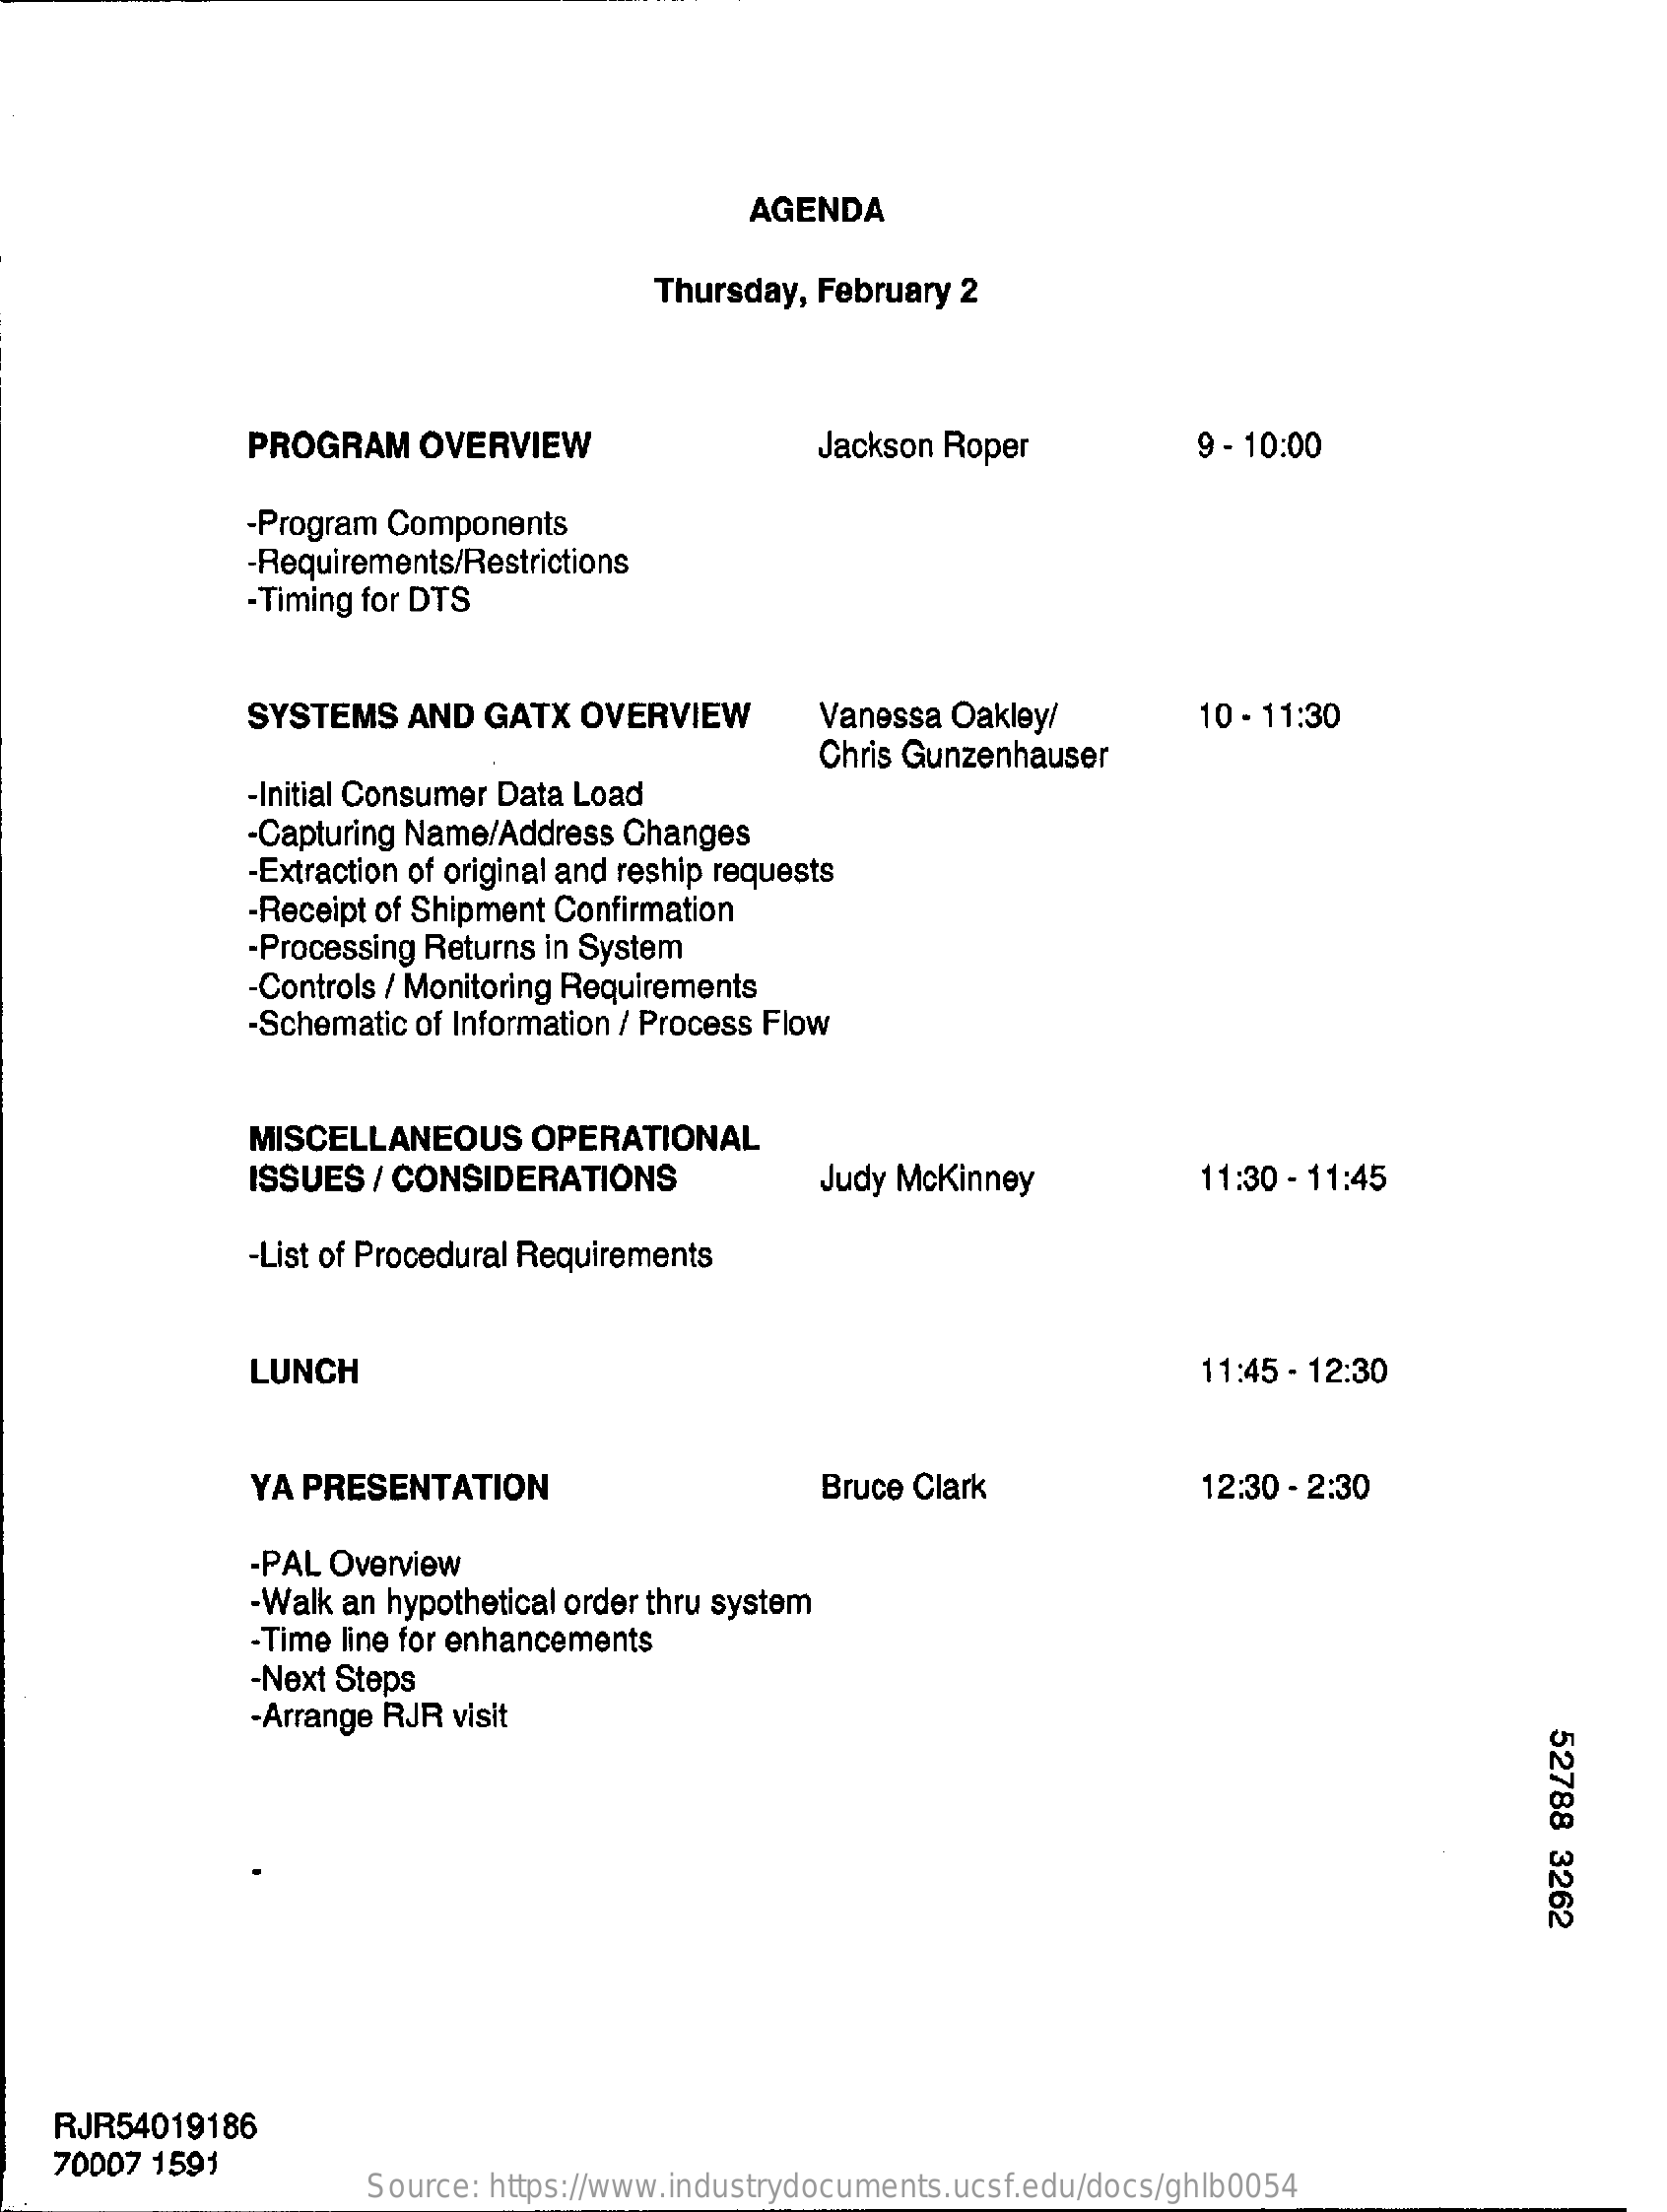
AGENDA
     Thursday, February 2
     PROGRAM    OVERVIEW    Jackson Roper    9 - 10:00
     -Program Components
     -Requirements/Restrictions
     -Timing for DTS
     SYSTEMS   AND  GATX  OVERVIEW    Vanessa Oakley/    10 - 11:30
     Chris Gunzenhauser
     -Initial Consumer Data Load
     -Capturing Name/Address Changes
     -Extraction of original and reship requests
     -Receipt of Shipment Confirmation
     -Processing Returns in System
     -Controls / Monitoring Requirements
     -Schematic of Information / Process Flow
     MISCELLANEOUS    OPERATIONAL
     ISSUES  / CONSIDERATIONS    Judy Mckinney    11:30 - 11:45
     -List of Procedural Requirements
     LUNCH    11:45 - 12:30
     YA PRESENTATION    Bruce Clark    12:30 - 2:30
     -PAL Overview
     -Walk an hypothetical order thru system
     -Time line for enhancements
     -Next Steps
     -Arrange RJR visit
     52788
     3262
    RJR54019186
    70007 1591
     Source: https://www.industrydocuments.ucsf.edu/docs/ghlb0054